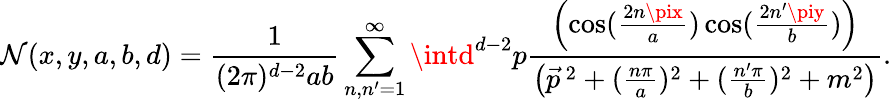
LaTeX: \mathcal{N}(x,y,a,b,d)=\frac{{1}}{{(2\pi)^{d-2}ab}}\sum_{n,n^{\prime}=1}^{\infty}\intd^{d-2}p\frac{{\left(\cos(\frac{{2n\pix}}{{a}})\cos(\frac{{2n^{\prime}\piy}}{{b}})\right)}}{{\left(\vec{{p}}^{\, 2}+(\frac{{n\pi}}{{a}})^{2}+(\frac{{n^{\prime}\pi}}{{b}})^{2}+m^{2}\right)}}.